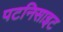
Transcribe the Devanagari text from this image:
पटनिसाइट